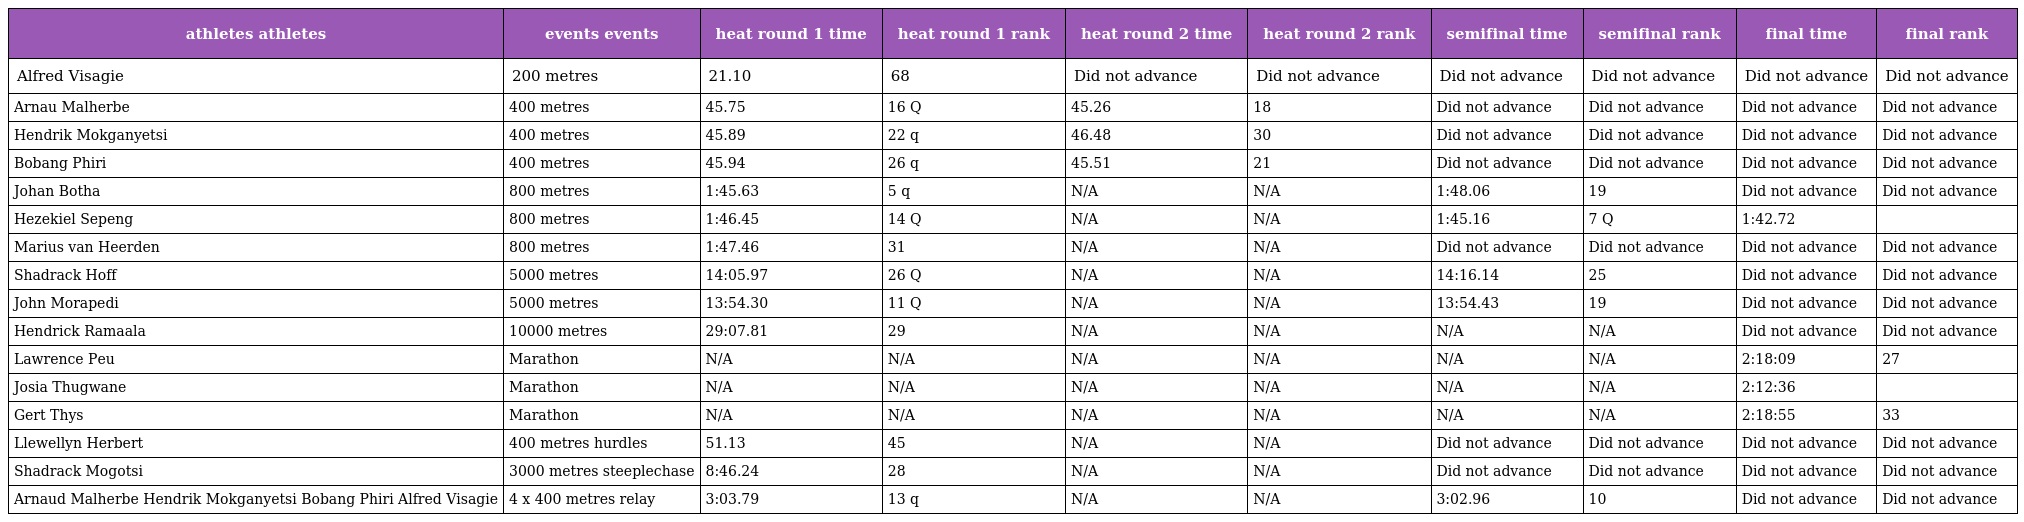
| athletes athletes | events events | heat round 1 time | heat round 1 rank | heat round 2 time | heat round 2 rank | semifinal time | semifinal rank | final time | final rank |
 | --- | --- | --- | --- | --- | --- | --- | --- | --- | --- |
 | Alfred Visagie | 200 metres | 21.10 | 68 | Did not advance | Did not advance | Did not advance | Did not advance | Did not advance | Did not advance |
 | Arnau Malherbe | 400 metres | 45.75 | 16 Q | 45.26 | 18 | Did not advance | Did not advance | Did not advance | Did not advance |
 | Hendrik Mokganyetsi | 400 metres | 45.89 | 22 q | 46.48 | 30 | Did not advance | Did not advance | Did not advance | Did not advance |
 | Bobang Phiri | 400 metres | 45.94 | 26 q | 45.51 | 21 | Did not advance | Did not advance | Did not advance | Did not advance |
 | Johan Botha | 800 metres | 1:45.63 | 5 q | N/A | N/A | 1:48.06 | 19 | Did not advance | Did not advance |
 | Hezekiel Sepeng | 800 metres | 1:46.45 | 14 Q | N/A | N/A | 1:45.16 | 7 Q | 1:42.72 |  |
 | Marius van Heerden | 800 metres | 1:47.46 | 31 | N/A | N/A | Did not advance | Did not advance | Did not advance | Did not advance |
 | Shadrack Hoff | 5000 metres | 14:05.97 | 26 Q | N/A | N/A | 14:16.14 | 25 | Did not advance | Did not advance |
 | John Morapedi | 5000 metres | 13:54.30 | 11 Q | N/A | N/A | 13:54.43 | 19 | Did not advance | Did not advance |
 | Hendrick Ramaala | 10000 metres | 29:07.81 | 29 | N/A | N/A | N/A | N/A | Did not advance | Did not advance |
 | Lawrence Peu | Marathon | N/A | N/A | N/A | N/A | N/A | N/A | 2:18:09 | 27 |
 | Josia Thugwane | Marathon | N/A | N/A | N/A | N/A | N/A | N/A | 2:12:36 |  |
 | Gert Thys | Marathon | N/A | N/A | N/A | N/A | N/A | N/A | 2:18:55 | 33 |
 | Llewellyn Herbert | 400 metres hurdles | 51.13 | 45 | N/A | N/A | Did not advance | Did not advance | Did not advance | Did not advance |
 | Shadrack Mogotsi | 3000 metres steeplechase | 8:46.24 | 28 | N/A | N/A | Did not advance | Did not advance | Did not advance | Did not advance |
 | Arnaud Malherbe Hendrik Mokganyetsi Bobang Phiri Alfred Visagie | 4 x 400 metres relay | 3:03.79 | 13 q | N/A | N/A | 3:02.96 | 10 | Did not advance | Did not advance |